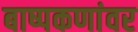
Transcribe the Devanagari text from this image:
बाष्पकणांवर